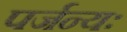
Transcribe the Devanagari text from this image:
पर्जन्यः